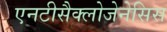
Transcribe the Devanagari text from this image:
एनटीसैक्लोजेनेसिस